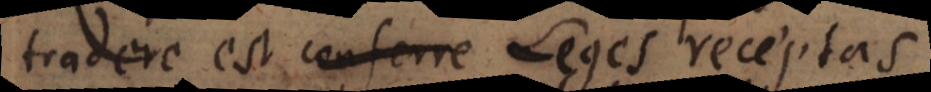
tradere est Leges receptas